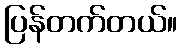
ပြန်တက်တယ်။